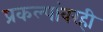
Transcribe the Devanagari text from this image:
प्रकल्पांवरही